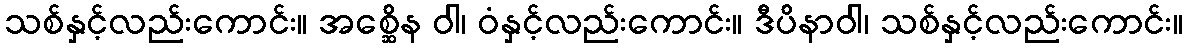
သစ်နှင့်လည်းကောင်း။ အစ္ဆေိန ဝါ၊ ဝံနှင့်လည်းကောင်း။ ဒီပိနာဝါ၊ သစ်နှင့်လည်းကောင်း။